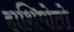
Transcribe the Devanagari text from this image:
हाशिमोतो